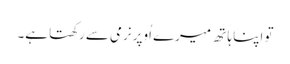
تو اپنا ہا تھ میرے اُوپر نرمی سے رکھتا ہے۔